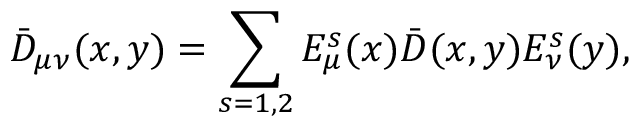
\bar { D } _ { \mu \nu } ( x , y ) = \sum _ { s = 1 , 2 } E _ { \mu } ^ { s } ( x ) \bar { D } ( x , y ) E _ { \nu } ^ { s } ( y ) ,